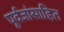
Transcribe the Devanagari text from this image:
पूर्वजांसाहित